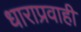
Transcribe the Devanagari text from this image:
धाराप्रवाही